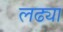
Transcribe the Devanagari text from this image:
लढ्या